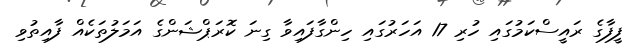
ފީފާގެ ރައީސްކަމުގައި ހުރި 17 އަހަރުގައި ހިންގާފައިވާ ގިނަ ކޮރަޕްޝަންގެ އަމަލުތަކެއް ފާއިތުވި